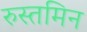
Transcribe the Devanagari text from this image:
रुस्तमिन